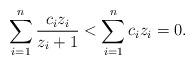
LaTeX: \begin{align*}\sum_{i=1}^n \frac{c_i z_i}{z_i + 1} < \sum_{i=1}^n c_i z_i = 0. \end{align*}